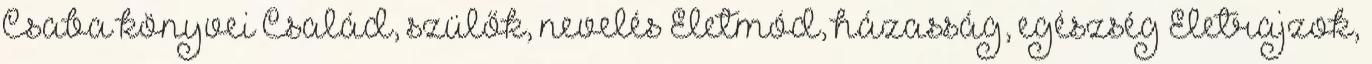
Csaba könyvei Család, szülők, nevelés Életmód, házasság, egészség Életrajzok,